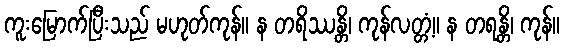
ကူးမြောက်ပြီးသည် မဟုတ်ကုန်။ န တရိဿန္တိ၊ ကုန်လတ္တံ့။ န တရန္တိ၊ ကုန်။